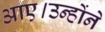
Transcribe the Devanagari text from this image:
आए।उन्होंने